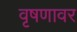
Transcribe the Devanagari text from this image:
वृषणावर